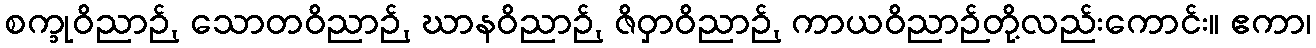
စက္ခုဝိညာဉ်, သောတဝိညာဉ်, ဃာနဝိညာဉ်, ဇိဝှာဝိညာဉ်, ကာယဝိညာဉ်တို့လည်းကောင်း။ ဧကာ၊